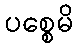
ပစ္စေမိ